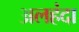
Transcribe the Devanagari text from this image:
अलहंदा